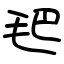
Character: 𣬶